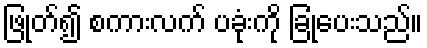
ဖြုတ်၍ စကားလက် ပခုံးကို ခြုံပေးသည်။